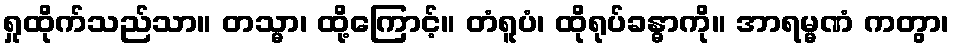
ရှုထိုက်သည်သာ။ တသ္မာ၊ ထို့ကြောင့်။ တံရူပံ၊ ထိုရုပ်ခန္ဓာကို။ အာရမ္မဏံ ကတွာ၊